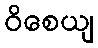
ဝိစေယျ